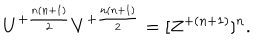
U ^ { + { \frac { n ( n + 1 ) } { 2 } } } V ^ { + { \frac { n ( n + 1 ) } { 2 } } } = [ Z ^ { + { ( n + 1 ) } } ] ^ { n } .